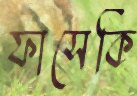
ফাসেকি